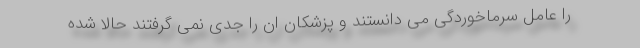
را عامل سرماخوردگی می دانستند و پزشکان ان را جدی نمی گرفتند حالا شده